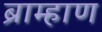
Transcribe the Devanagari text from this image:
ब्राम्हाण